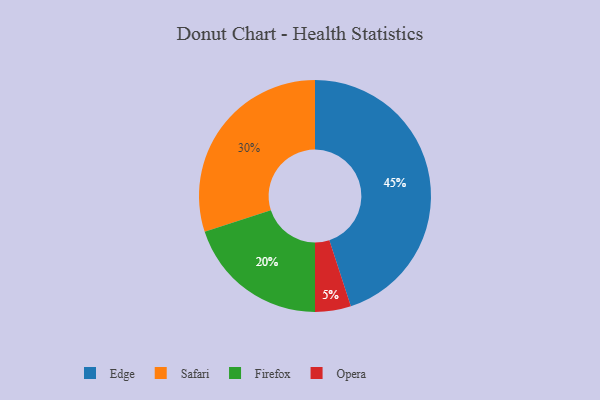
{"axis": {"x": "Category", "y": "Percentage"}, "legend": ["Edge", "Firefox", "Opera", "Safari"], "data": [{"x": "Edge", "y": 45, "type": "Edge"}, {"x": "Firefox", "y": 20, "type": "Firefox"}, {"x": "Safari", "y": 30, "type": "Safari"}, {"x": "Opera", "y": 5, "type": "Opera"}]}